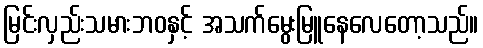
မြင်းလှည်းသမားဘဝနှင့် အသက်မွေးမြူနေလေတော့သည်။